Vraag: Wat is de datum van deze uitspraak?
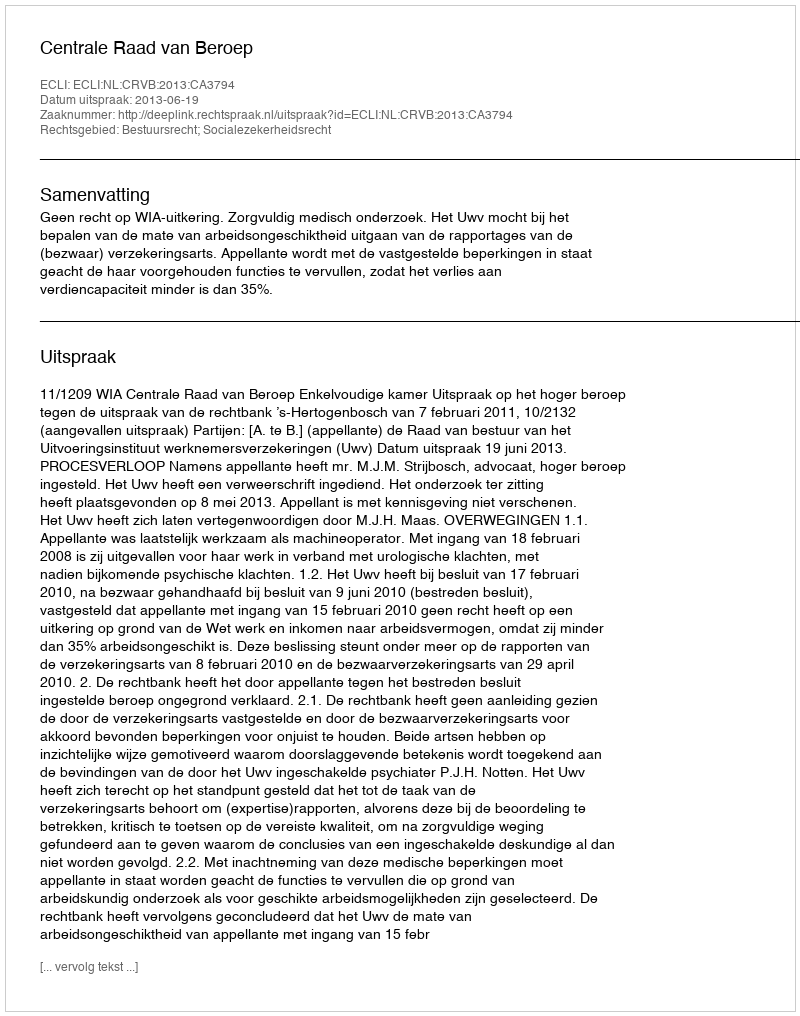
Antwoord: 2013-06-19